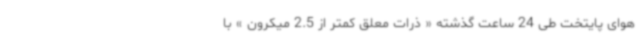
هوای پایتخت طی 24 ساعت گذشته « ذرات معلق کمتر از 2.5 میکرون » با